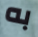
به